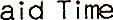
PAID TIME